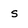
Character: s